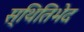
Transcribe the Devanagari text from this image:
स्थितिभेद